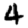
Digit: 4